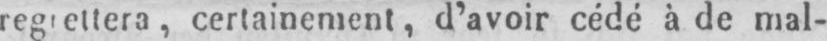
certainement, d’avoir cédé à de mal-